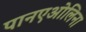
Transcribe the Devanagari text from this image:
पानएओलिना